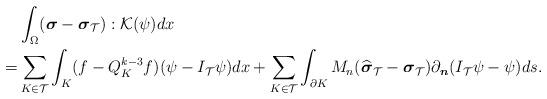
LaTeX: \begin{align*}&\int_{\Omega}(\boldsymbol{\sigma}-\boldsymbol{\sigma}_{\mathcal{T}}):\mathcal{K}(\psi)dx \\=&\sum_{K\in\mathcal{T}}\int_{K}(f-Q_K^{k-3}f)(\psi-I_{\mathcal{T}}\psi)dx + \sum_{K\in\mathcal{T}}\int_{\partial K}M_n(\widehat{\boldsymbol{\sigma}}_{\mathcal{T}}-\boldsymbol{\sigma}_{\mathcal{T}})\partial_{\boldsymbol{n}}(I_{\mathcal{T}}\psi-\psi)ds.\end{align*}